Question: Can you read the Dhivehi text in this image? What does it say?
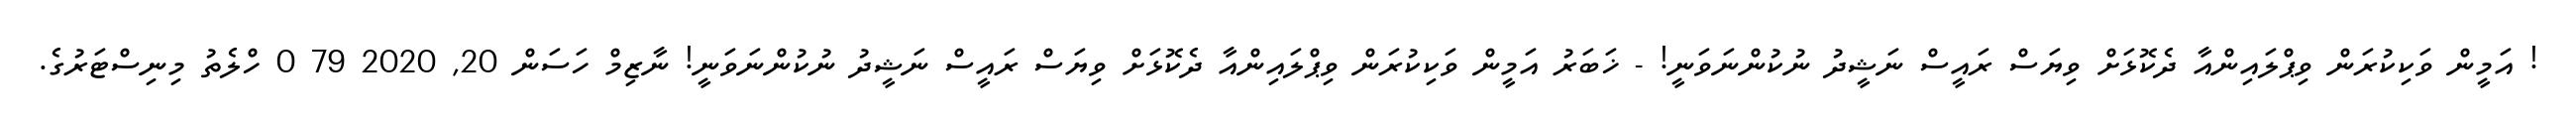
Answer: ! އަމީން ވަކިކުރަން ވިޕްލައިންއާ ދެކޮޅަށް ވިޔަސް ރައީސް ނަޝީދު ނުކުންނަވަނީ! - ޚަބަރު އަމީން ވަކިކުރަން ވިޕްލައިންއާ ދެކޮޅަށް ވިޔަސް ރައީސް ނަޝީދު ނުކުންނަވަނީ! ނާޒިމް ހަސަން 20, 2020 79 0 ހްލެތު މިނިސްޓަރުގެ.